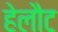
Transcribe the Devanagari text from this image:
हेलौट